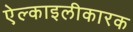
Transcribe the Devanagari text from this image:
ऐल्काइलीकारक